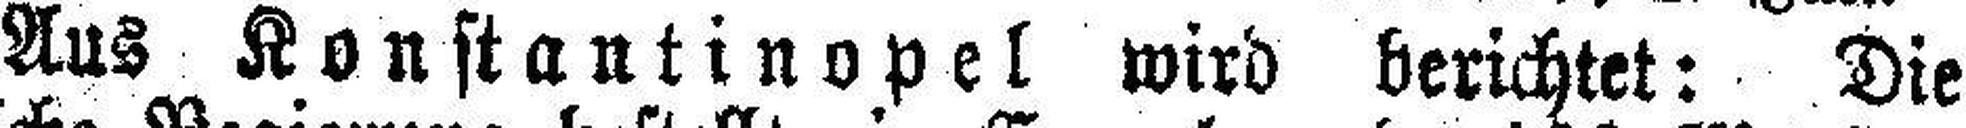
Aus Konstantinopel wird berichtet: Die